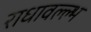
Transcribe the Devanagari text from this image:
राधावल्ल्भ